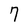
Character: 7